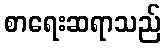
စာရေးဆရာသည်